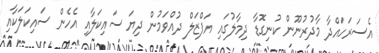
އެސަރަހައްދާ މާދުރުނޫން ކުނިގޮޑާ ދިމާލުގައި އަފްޒަލް ދުއްވަމުން ދިޔަ ސައިކަލާއި އެހެން ސައިކަލަކާއި